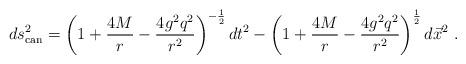
LaTeX: \begin{align*}ds_{\rm can}^2 = \left(1+ {4M\over r} - {4 g^2q^2 \over r^2}\right)^{-{1\over2} } dt ^2 - \left(1+ {4M\over r} - {4 g^2 q^2 \over r^2}\right)^{1\over2} d\vec x ^2 \ .\end{align*}